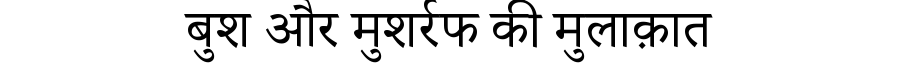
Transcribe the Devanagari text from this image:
बुश और मुशर्रफ की मुलाक़ात